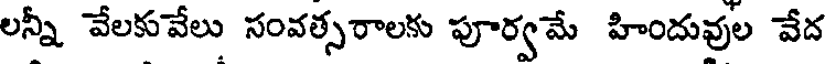
లన్నీ వేలకువేలు సంవత్సరాలకు పూర్వమే హిందువుల వేద